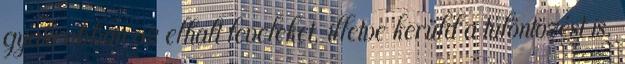
gyakrabban az elhalt leveleket, illetve kerüld a túlöntözést is,